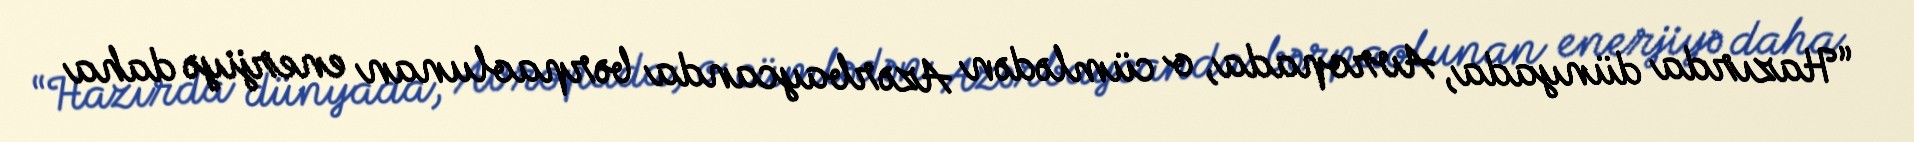
“Hazırda dünyada, Avropada, o cümlədən Azərbaycanda bərpaolunan enerjiyə daha